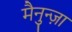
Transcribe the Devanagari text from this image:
मैनुन्ज़ा